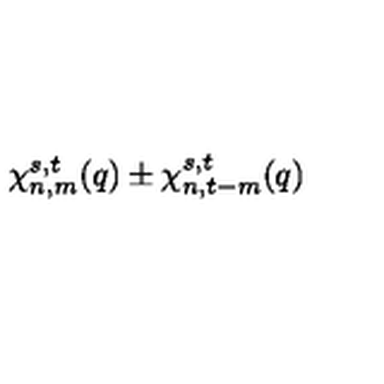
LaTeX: \chi _ { n , m } ^ { s , t } ( q ) \pm \chi _ { n , t - m } ^ { s , t } ( q )